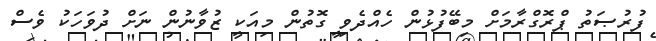
ފުރުޞަތު ޕްރޮގްރާމަށް މިބޭފުޅުން ހެއްދެވި ގޮތުން މިއަކީ ޒުވާނުން ނަށް ދުވަހަކު ވެސް